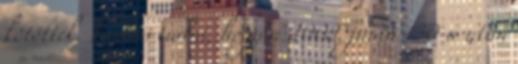
kötötték. Fontos tudni, hogy a 2009. június 30-a után